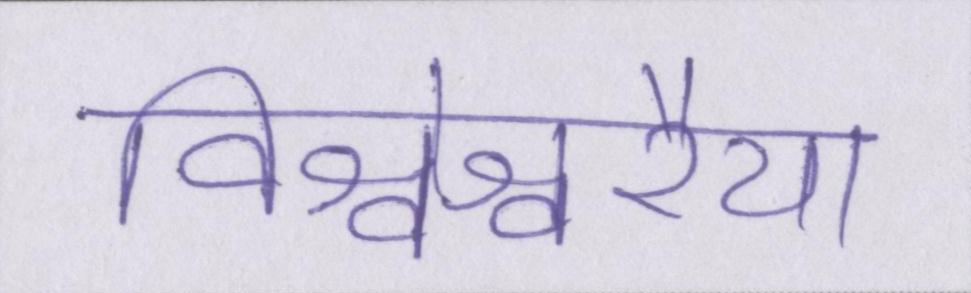
विश्वेश्वरैया